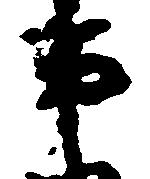
事